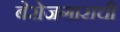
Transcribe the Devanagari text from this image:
बेरोजगाराची